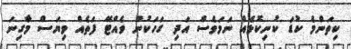
ކިތަންމެ ކުޑަ ކުނިކޮޅެއް ނަމަވެސް އަދި ގަހަކުން ވެއްޓޭ ފަތެއް ވިޔަސް މާގިނަ